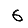
Digit: 6